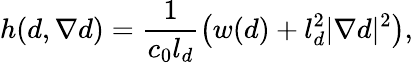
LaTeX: h(d,\nabla{d})=\frac{1}{c_{0}l_{d}}\left(w(d)+l_{d}^{2}\lvert\nabla{d}\rvert^{2}\right),